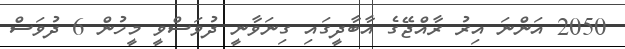
2050 އަންނަ އިރު ރާއްޖޭގެ އާބާދީގައި ގިނަވާނީ ދުވަސްވީ މީހުން 6 ދުވަސް